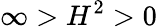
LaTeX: \infty>H^{2}>0